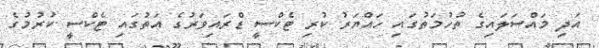
އަދި މައްސަލައިގެ ތުހުމަތުގައި ހައްޔަރު ކުރި ޓެކްސީ ޑްރައިވަރުގެ އަތުގައި ޓެކްސީ ކުރުމުގެ